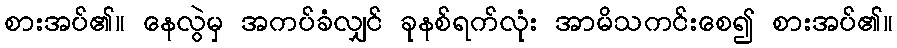
စားအပ်၏။ နေလွဲမှ အကပ်ခံလျှင် ခုနစ်ရက်လုံး အာမိသကင်းစေ၍ စားအပ်၏။